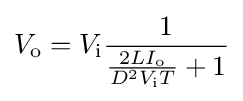
V_{\text{o}}=V_{\text{i}}{\frac {1}{{\frac {2LI_{\text{o}}}{D^{2}V_{\text{i}}T}}+1}}